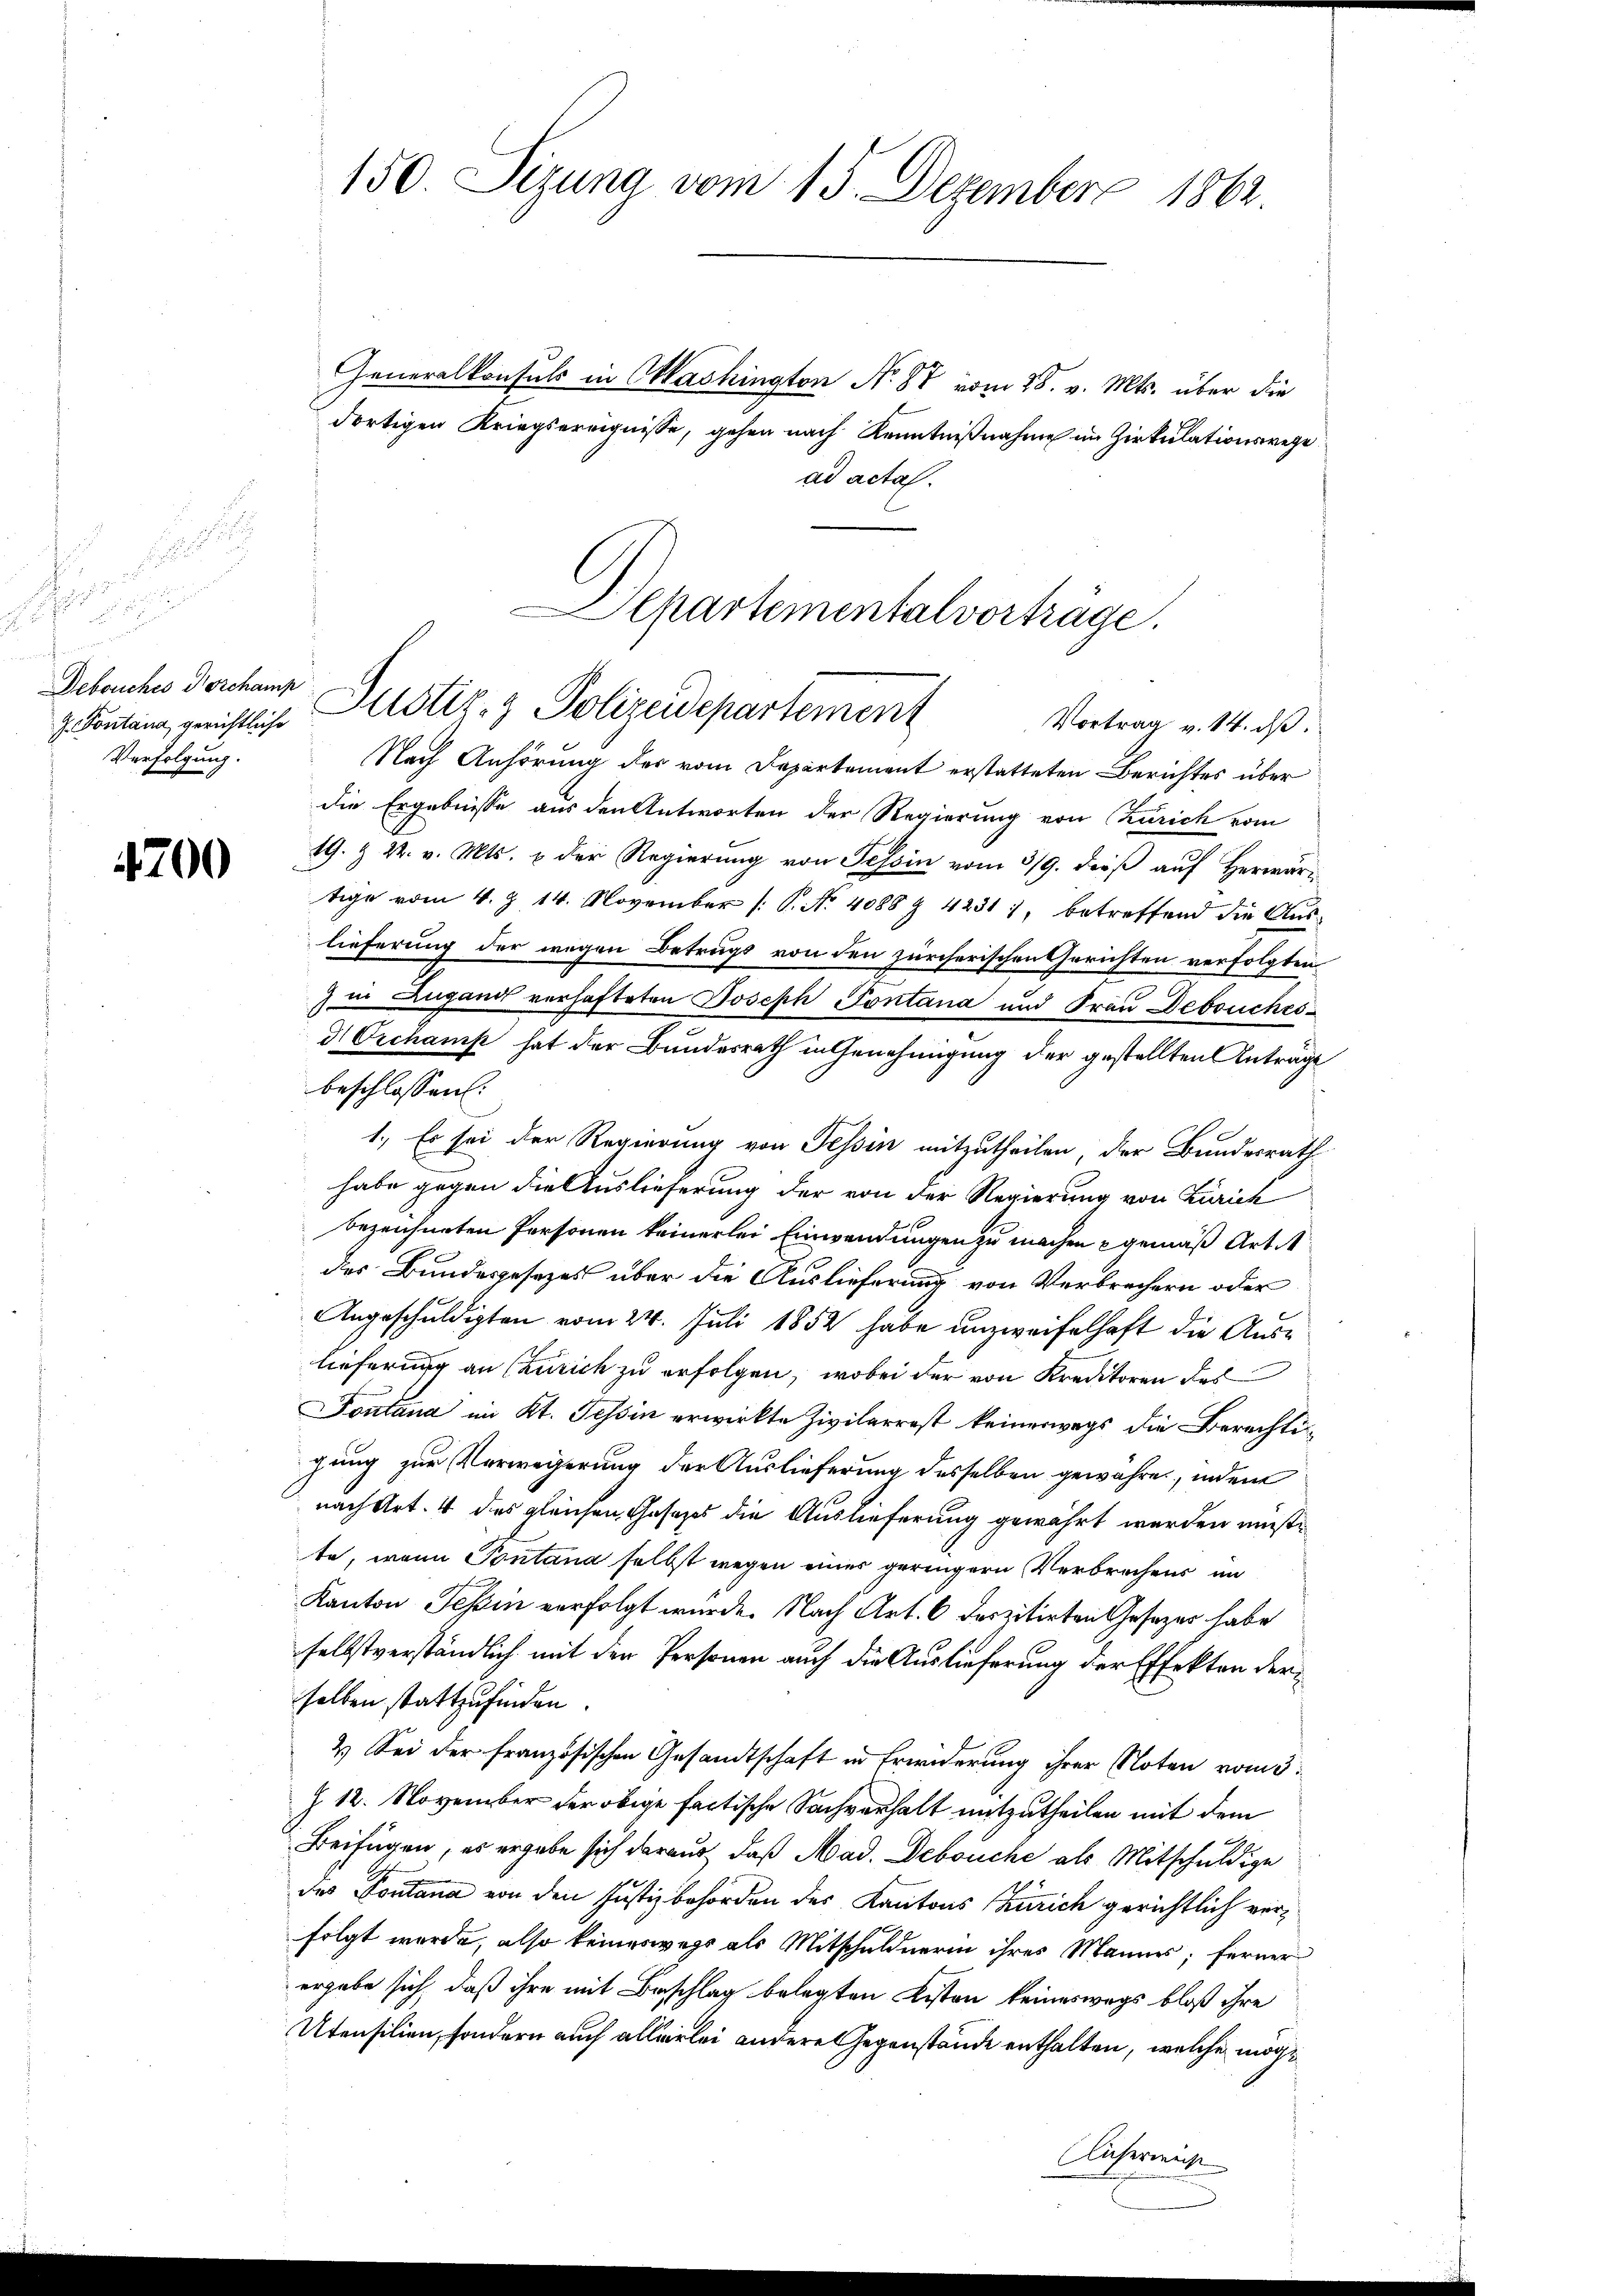
5

Debouches Norchamp
Verfolgung.

4200

Generalkonsuls in Oashington No. 87 vom 28. v. Mts. über die
dortigen Kriegsereignisse, gehen nach Kenntnißnahme im Zirkulationswege
ad acta.
Nach Anhörung des vom Departement erstatteten Berichtes über
die Ergebnisse aus den Antworten der Regierung von Zürich vom
19. & 22. v. Mts. & der Regierung von Tessin vom 3/9. dieß auf Herwärtige vom 4. § 14. November [S. No. 4088 § 4231, betreffend die Auslieferung der wegen Betrugs von den zürcherischen Gerichten verfolgten
) in Zugand verhafteten Joseph Pontana und Frau Debruches
d Orchanik hat der Bundesrath in Genehmigung der gestellten Anträge
beschlossen:
1.) Es sei der Regierung von Tessin mitzutheilen, der Bundesrath
habe gegen die Auslieferung der von der Regierung von Zürich
bezeichneten Personen keinerlei Einwendungen zu machen gemäß Artit
des Bundesgesezes über die Auslieferung von Verbrechern oder
Angeschuldigten vom 24. Juli 1852 habe unzweifelhaft die Auslieferung an Czurich zu erfolgen, wobei der von Kreditoren des
Fontana im Kt. Tessin erwirkte Zivilarrest keinerwegs die Berechtigung zur Verwegerung der Auslieferung desselben gewahre, indem
nach Art. 4 des gleichen Gesezes die Auslieferung gewährt werden müßte
te, wenn Pontana selbst wegen eines geringern Verbrechens im
Kanton Tessin verfolgt wurde. Nach Art. 6 derzitirten Gesetzer habe
selbstverständlich mit der Personen auch die Auslieferung der Effekten der
selben stattzufinden.
2) Sei der französischen Gesandtschaft in Erwiderung ihrer Noten vom 5.
Z. 12. November der obige factische Sachverhalt mitzutheilen mit dem
Beifügen, es ergabe sich daraus, daß Mad. Debouche als Mitschuldige
des Fontana von den Justizbehörden des Kantons Zürich gerichtlich verfolgt werde, also keineswegs als Mitschuldnerin ihres Mannes; ferner
ergabe sich, daß ihre mit Beschlag belegten Kisten keineswegs bloß ihre
Utensilien, sondern auch allerlei andere Gegenstände enthalten, welche möglichermache

150. Sizung vom 15. Dezember 1862

Departementalvorträge.
Z. Fontana, gerichtliche Altstiz- & Polizeidepartement
Vortrag v. 14. dβ.